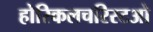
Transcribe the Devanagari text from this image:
होरिकलचरिस्टओ